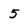
Character: 5